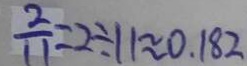
\frac { 2 } { 1 1 } = 2 \div 1 1 \approx 0 . 1 8 2